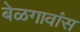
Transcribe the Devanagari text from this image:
बेळगावांस